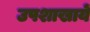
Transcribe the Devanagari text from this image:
उपशाखायें